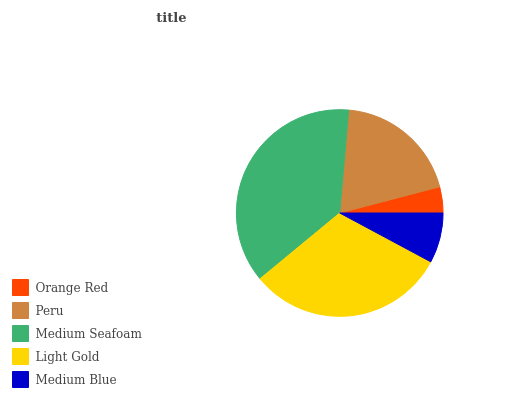
| Orange Red | Peru | Medium Seafoam | Light Gold | Medium Blue |
 | --- | --- | --- | --- | --- |
 | 4.07% | 19.6% | 37.4% | 31.2% | 7.82% |